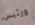
ورئيس